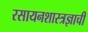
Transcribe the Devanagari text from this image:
रसायनशास्त्रज्ञाची